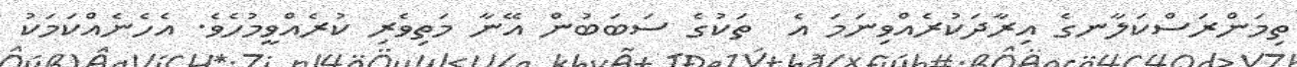
ތިމަންރަސްކަލާނގެ އިރާދަކުރެއްވިނަމަ އެ  ތަކުގެ ސަބަބުން އޭނާ މަތިވެރި ކުރެއްވީމުހެވެ. އެހެނެއްކަމަކު